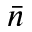
\bar { n }